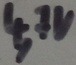
Text: 4,7V